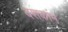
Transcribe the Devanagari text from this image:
दशकांन